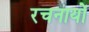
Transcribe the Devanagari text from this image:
रचनायों